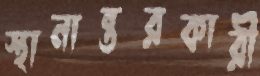
স্থানান্তরকারী